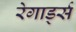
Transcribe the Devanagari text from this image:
रेगार्ड्स